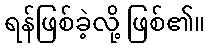
ရန်ဖြစ်ခဲ့လို့ ဖြစ်၏။